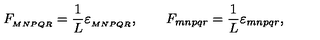
{ F _ { _ { M N P Q R } } = \frac { 1 } { L } \varepsilon _ { _ { M N P Q R } } , \qquad F _ { m n p q r } = \frac { 1 } { L } \varepsilon _ { m n p q r } , }